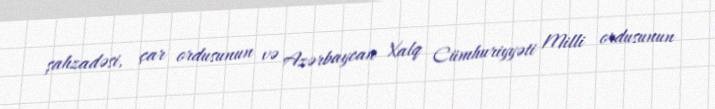
şahzadəsi, çar ordusunun və Azərbaycan Xalq Cümhuriyyəti Milli ordusunun